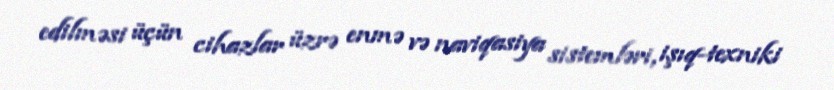
edilməsi üçün cihazlar üzrə enmə və naviqasiya sistemləri, işıq-texniki